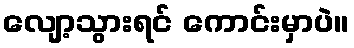
လျော့သွားရင် ကောင်းမှာပဲ။